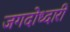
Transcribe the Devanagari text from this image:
जगदोध्दारी